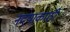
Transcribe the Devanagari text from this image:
नदयाकाठी